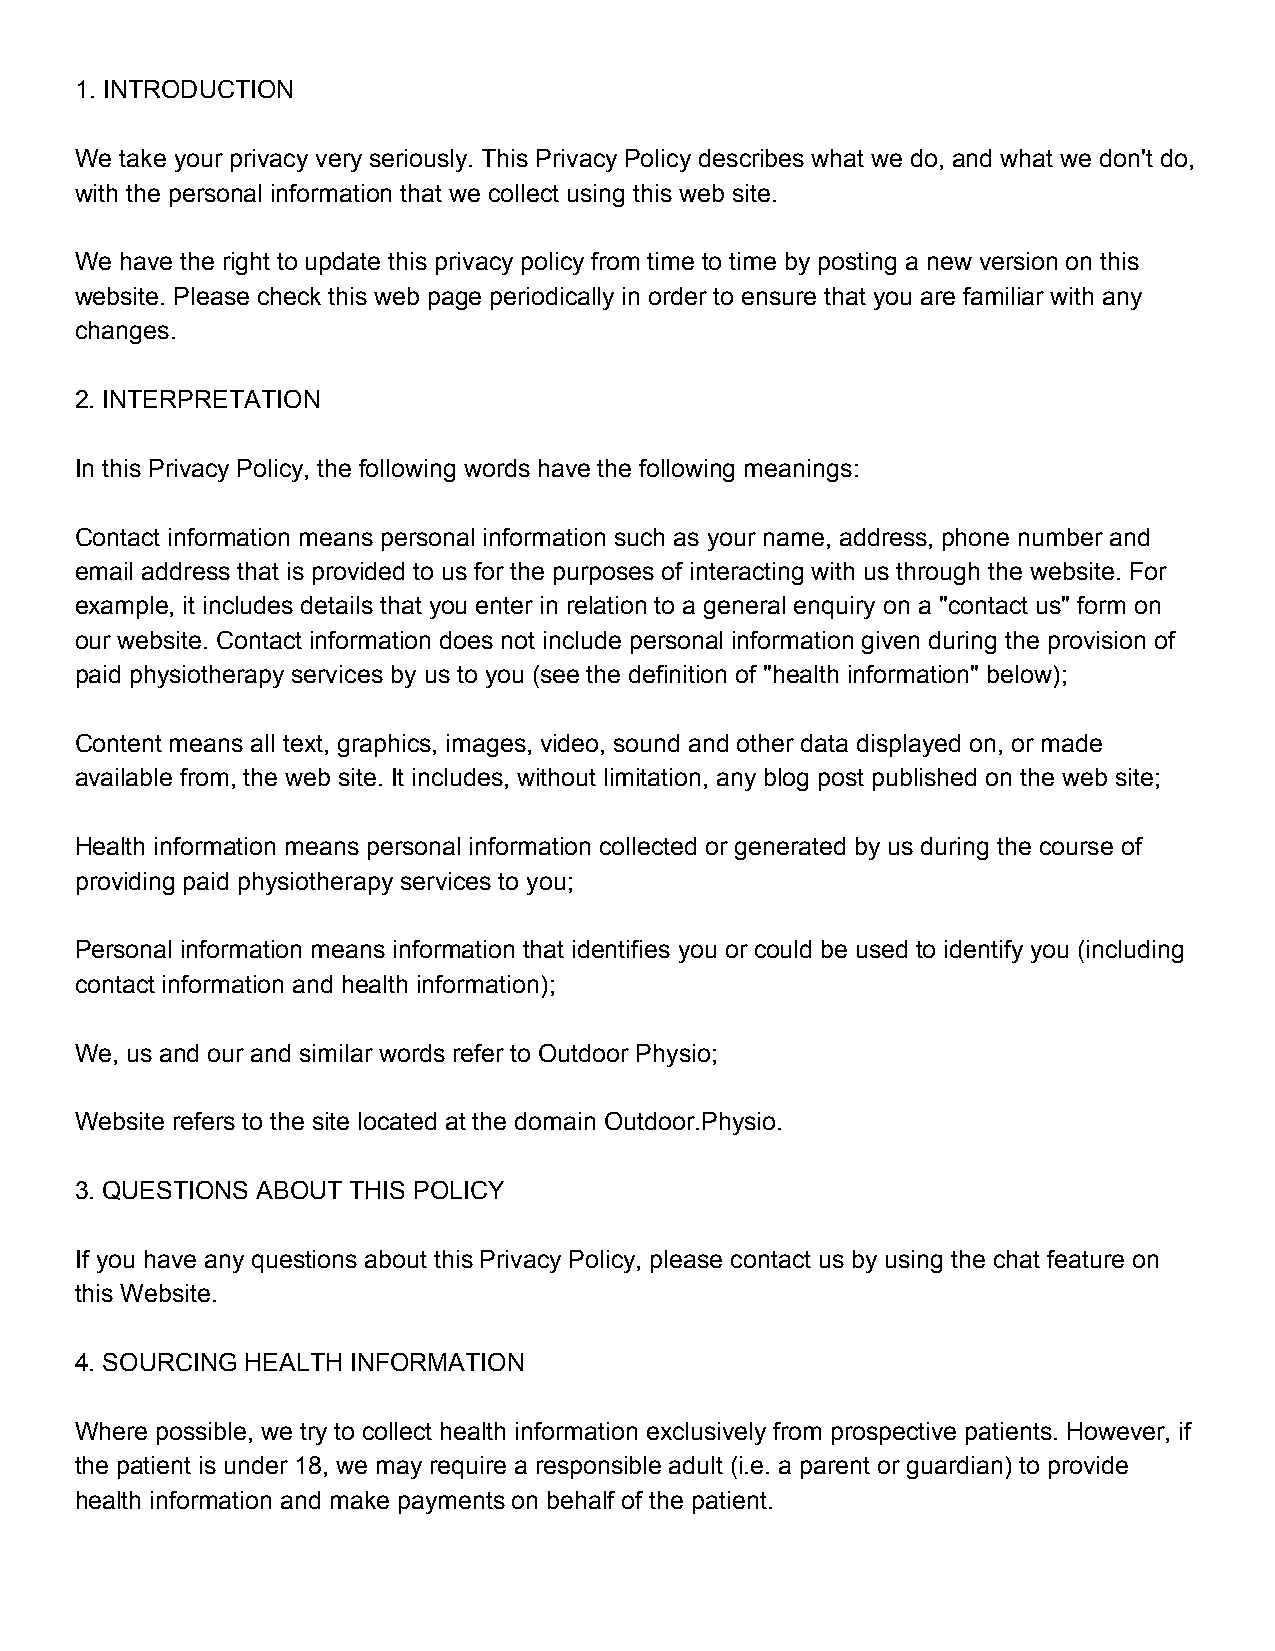
1. INTRODUCTION
 We take your privacy very seriously. This Privacy Policy describes what we do, and what we don't do,
 with the personal information that we collect using this web site.
 We have the right to update this privacy policy from time to time by posting a new version on this
 website. Please check this web page periodically in order to ensure that you are familiar with any
 changes.
 2. INTERPRETATION
 In this Privacy Policy, the following words have the following meanings:
 Contact information means personal information such as your name, address, phone number and
 email address that is provided to us for the purposes of interacting with us through the website. For
 example, it includes details that you enter in relation to a general enquiry on a "contact us" form on
 our website. Contact information does not include personal information given during the provision of
 paid physiotherapy services by us to you (see the definition of "health information" below);
 Content means all text, graphics, images, video, sound and other data displayed on, or made
 available from, the web site. It includes, without limitation, any blog post published on the web site;
 Health information means personal information collected or generated by us during the course of
 providing paid physiotherapy services to you;
 Personal information means information that identifies you or could be used to identify you (including
 contact information and health information);
 We, us and our and similar words refer to Outdoor Physio;
 Website refers to the site located at the domain Outdoor.Physio.
 3. QUESTIONS ABOUT THIS POLICY
 If you have any questions about this Privacy Policy, please contact us by using the chat feature on
 this Website.
 4. SOURCING HEALTH INFORMATION
 Where possible, we try to collect health information exclusively from prospective patients. However, if
 the patient is under 18, we may require a responsible adult (i.e. a parent or guardian) to provide
 health information and make payments on behalf of the patient.